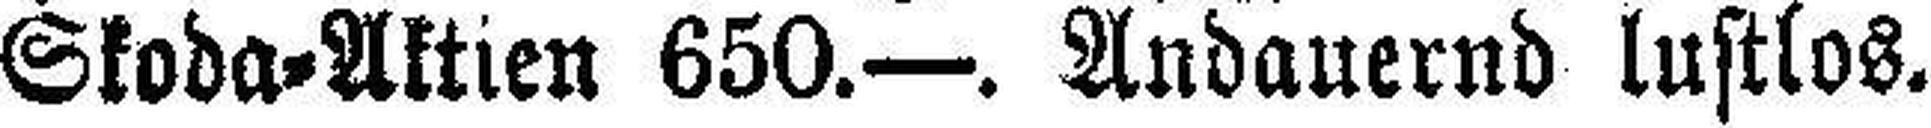
Skoda=Aktien 650.—. Andauernd lustlos.